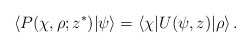
\begin{align*}\langle P(\chi,\rho;z^\ast)|\psi\rangle=\langle\chi|U(\psi,z)|\rho\rangle\,.\end{align*}